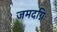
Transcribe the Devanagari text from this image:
जमदग्निः